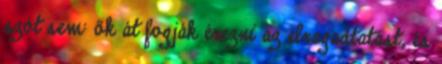
szót sem: ők át fogják érezni az elragadtatást, és